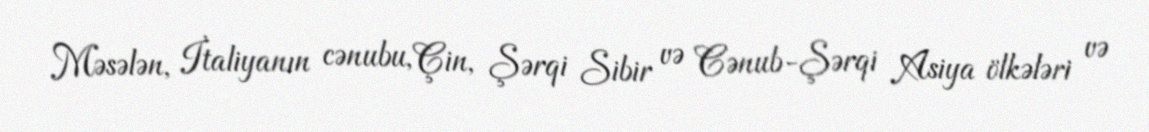
Məsələn, İtaliyanın cənubu, Çin, Şərqi Sibir və Cənub-Şərqi Asiya ölkələri və